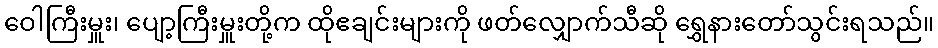
ဝေါကြီးမှူး၊ ပျော့ကြီးမှူးတို့က ထိုဧချင်းများကို ဖတ်လျှောက်သီဆို ရွှေနားတော်သွင်းရသည်။